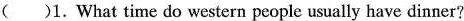
()1. What time do western people usually have dinner?